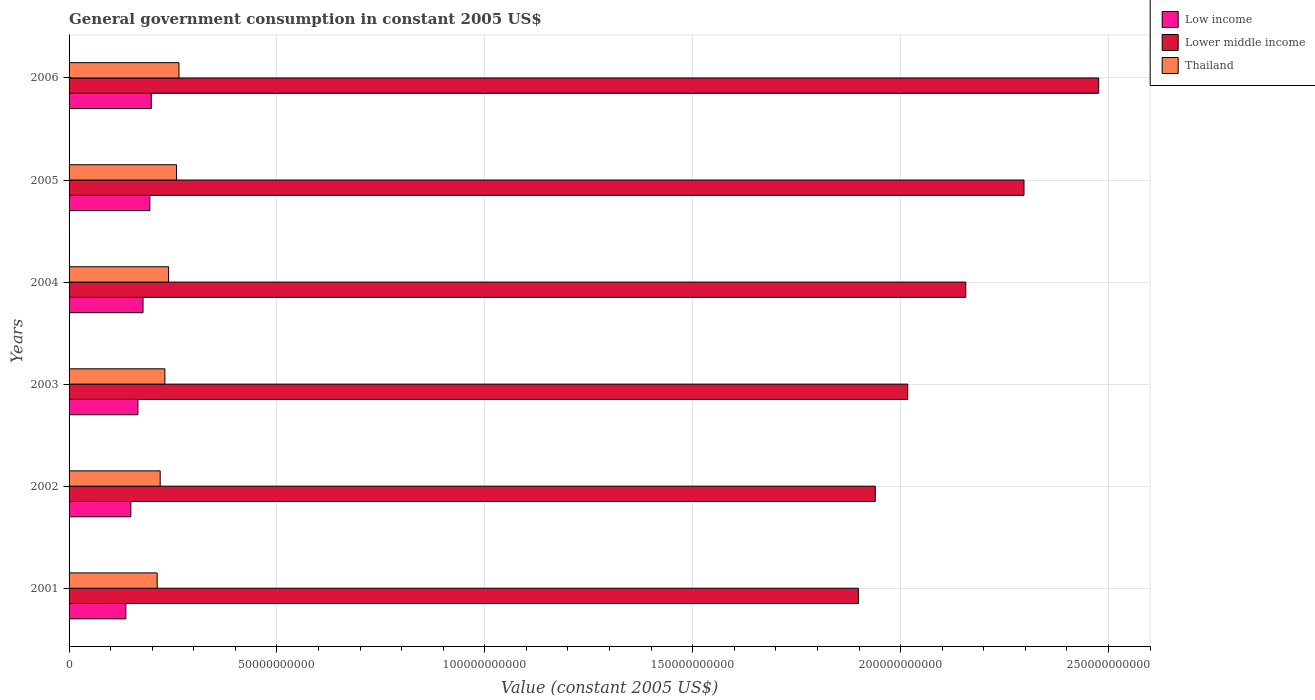
| Years | Low income | Lower middle income | Thailand |
 | --- | --- | --- | --- |
 | 2001 | 1.37e+10 | 1.9e+11 | 2.12e+10 |
 | 2002 | 1.49e+10 | 1.94e+11 | 2.19e+10 |
 | 2003 | 1.66e+10 | 2.02e+11 | 2.3e+10 |
 | 2004 | 1.78e+10 | 2.16e+11 | 2.39e+10 |
 | 2005 | 1.94e+10 | 2.3e+11 | 2.58e+10 |
 | 2006 | 1.98e+10 | 2.48e+11 | 2.64e+10 |